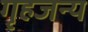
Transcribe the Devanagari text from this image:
गृहजन्य